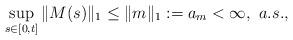
LaTeX: \begin{align*}\sup_{s\in[0,t]}\|M(s)\|_1 \leq \|m\|_1 :=a_m <\infty, \,\,a.s.,\end{align*}